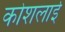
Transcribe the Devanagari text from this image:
कोशलाई